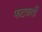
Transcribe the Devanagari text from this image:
फटकतीं